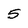
Character: 5